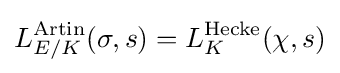
L_{E/K}^{\mathrm {Artin} }(\sigma ,s)=L_{K}^{\mathrm {Hecke} }(\chi ,s)